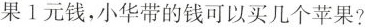
果1元钱，小华带的钱可以买几个苹果?